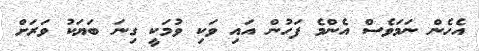
އެހެން ނަމަވެސް އެންމެ ފަހުން އައި ވަކި ވުމަކީ ގިނަ ބަޔަކު ވަރަށް